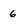
Character: 6